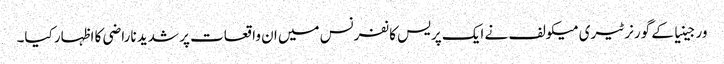
ورجینیا کے گورنر ٹیری میکولف نے ایک پریس کانفرنس میں ان واقعات پر شدید ناراضی کا اظہار کیا۔